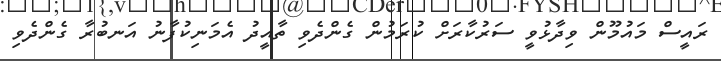
ރައީސް މައުމޫން ވިދާޅުވީ ސަރުކާރަށް ކުރަމުން ގެންދެވި ތާއީދު އެމަނިކުފާނު އަނބުރާ ގެންދެވި